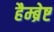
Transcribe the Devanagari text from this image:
हैम्ब्रेष्ट